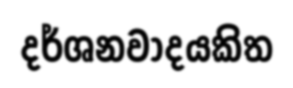
දර්ශනවාදයකිත